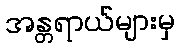
အန္တရာယ်များမှ